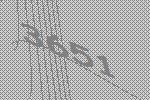
3651